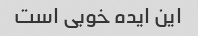
این ایده خوبی است